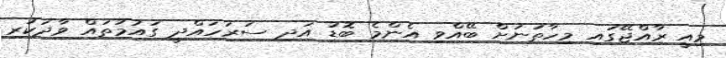
މިއީ ރާއްޖޭގައި މިހާތަނަށް ބޭއްވި އެންމެ ބޮޑު އަދި ސަރަހައްދީ ގައުމުތައް ވާދަކުރި